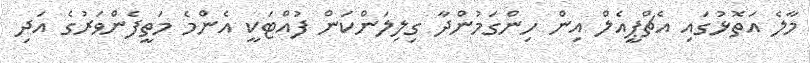
މާލެ އަތޮޅުގައި އެޗްޕީއެލް އިން ހިންގަމުންދާ ގިލިލަންކަން ފުއްޓަކީ އެންމެ މަތީފެންވަރުގެ އަދި